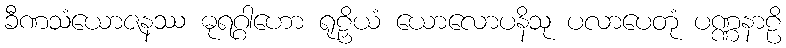
ခီဏသံယောဇနဿ ဓုရဂ္ဂါဟော ရုဠှိယံ ယောလောပနိသု ပလာပေတုံ ပဏ္ဏနာဠိ